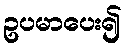
ဥပမာပေး၍